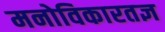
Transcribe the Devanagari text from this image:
मनोविकारतज्ञ